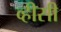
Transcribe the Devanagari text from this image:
व्हीसी